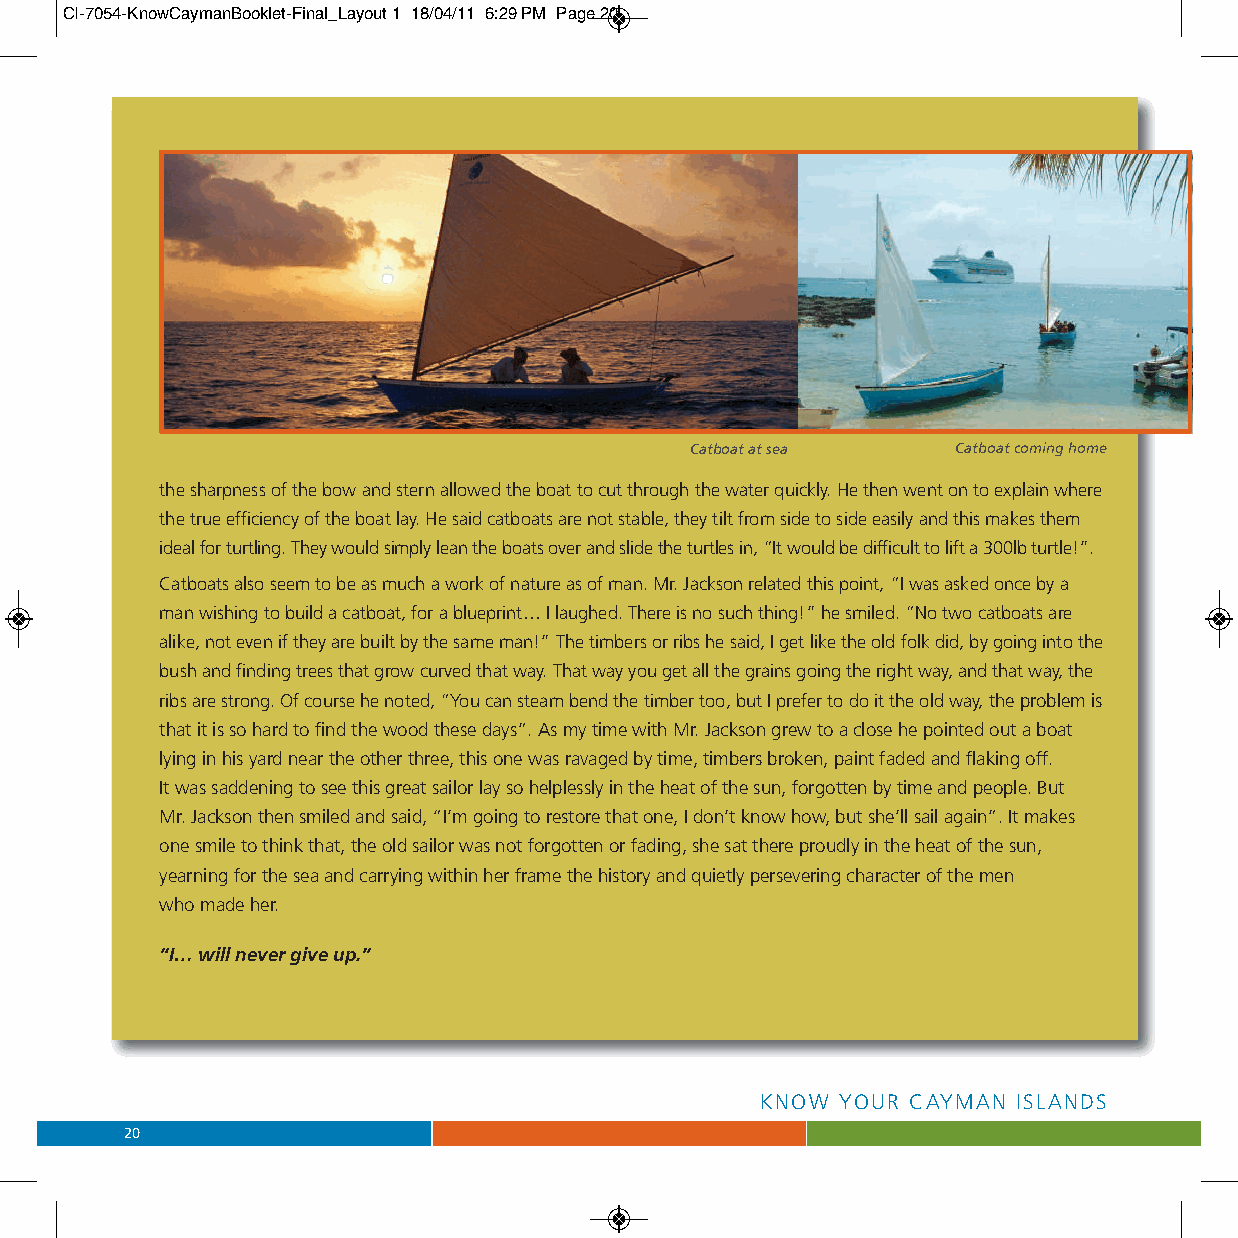
CI-7054-KnowCaymanBooklet-Final_Layout 1 18/04/11 6:29 PM Page 20
 Catboat at sea   Catboat coming home
 the sharpness of the bow and stern allowed the boat to cut through the water quickly. He then went on to explain where
 the true efficiency of the boat lay. He said catboats are not stable, they tilt from side to side easily and this makes them
 ideal for turtling. They would simply lean the boats over and slide the turtles in, “It would be difficult to lift a 300lb turtle!”.
 Catboats also seem to be as much a work of nature as of man. Mr. Jackson related this point, “I was asked once by a
 man wishing to build a catboat, for a blueprint… I laughed. There is no such thing!” he smiled. “No two catboats are
 alike, not even if they are built by the same man!” The timbers or ribs he said, I get like the old folk did, by going into the
 bush and finding trees that grow curved that way. That way you get all the grains going the right way, and that way, the
 ribs are strong. Of course he noted, “You can steam bend the timber too, but I prefer to do it the old way, the problem is
 that it is so hard to find the wood these days”. As my time with Mr. Jackson grew to a close he pointed out a boat
 lying in his yard near the other three, this one was ravaged by time, timbers broken, paint faded and flaking off.
 It was saddening to see this great sailor lay so helplessly in the heat of the sun, forgotten by time and people. But
 Mr. Jackson then smiled and said, “I’m going to restore that one, I don’t know how, but she’ll sail again”. It makes
 one smile to think that, the old sailor was not forgotten or fading, she sat there proudly in the heat of the sun,
 yearning for the sea and carrying within her frame the history and quietly persevering character of the men
 who made her.
 “I… will never give up.”
 KNOW  YOUR CAYMAN ISLANDS
 20